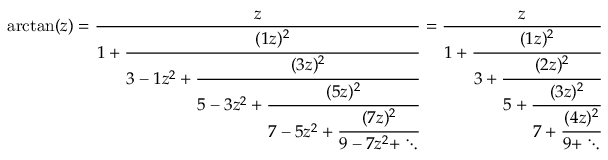
\arctan ( z ) = { \frac { z } { 1 + { \cfrac { ( 1 z ) ^ { 2 } } { 3 - 1 z ^ { 2 } + { \cfrac { ( 3 z ) ^ { 2 } } { 5 - 3 z ^ { 2 } + { \cfrac { ( 5 z ) ^ { 2 } } { 7 - 5 z ^ { 2 } + { \cfrac { ( 7 z ) ^ { 2 } } { 9 - 7 z ^ { 2 } + \ddots } } } } } } } } } } = { \frac { z } { 1 + { \cfrac { ( 1 z ) ^ { 2 } } { 3 + { \cfrac { ( 2 z ) ^ { 2 } } { 5 + { \cfrac { ( 3 z ) ^ { 2 } } { 7 + { \cfrac { ( 4 z ) ^ { 2 } } { 9 + \ddots } } } } } } } } } }